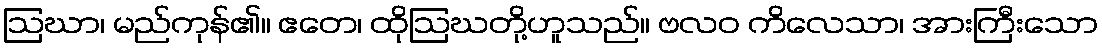
ဩဃာ၊ မည်ကုန်၏။ ဧတေ၊ ထိုဩဃတို့ဟူသည်။ ဗလဝ ကိလေသာ၊ အားကြီးသော